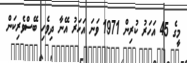
މީގެ 45 އަހަރު ކުރިން 1971 ވަނަ އަހަރު އޭނާ ދިވެހި ބޭސްވެރިކަން